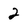
Character: 2